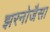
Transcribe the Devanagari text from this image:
झरनोजैसा